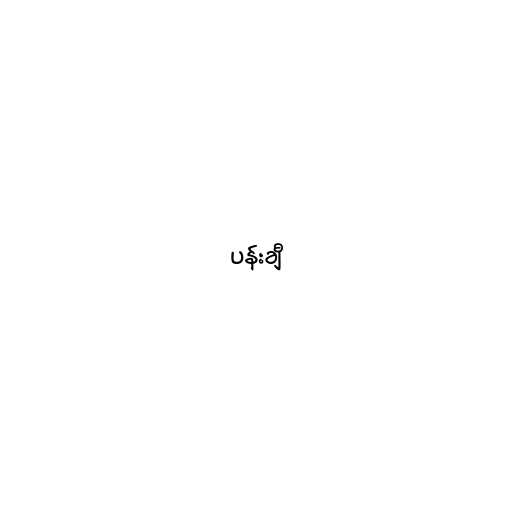
ပန်းချီ